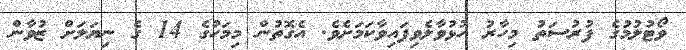
ވޯޓުލުމުގެ ފުރުސަތު މިހާރު ހުޅުވާލެވިފައިވާކަމަށެވެ. އެގޮތުން މިމަހުގެ 14 ގެ ނިޔަލަށް ޒުވާން